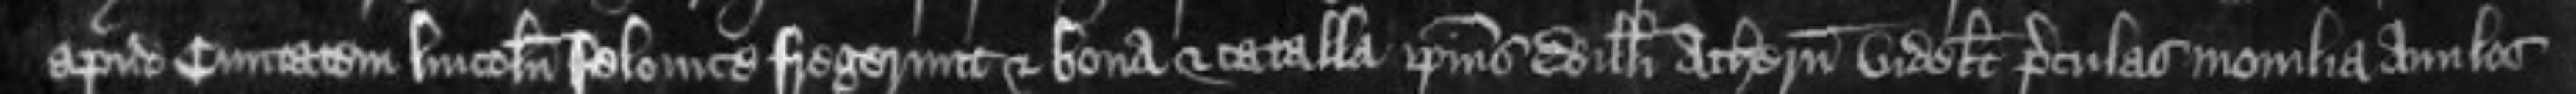
apud civitatem Lincolnie felonice fregerunt et bona et catalla ipsius Willelmi Athern videlicet poculas monilia anulos